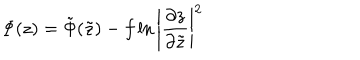
\Phi ( z ) = \tilde { \Phi } ( \tilde { z } ) - f \ln { \left| \frac { \partial z } { \partial \tilde { z } } \right| ^ { 2 } }